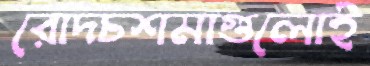
রোদচশমাগুলোই